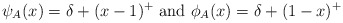
\begin{align*}\psi_A(x)= \delta +(x-1)^+ \mbox{ and } \phi_A(x)=\delta +(1-x)^+\end{align*}